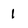
Character: l